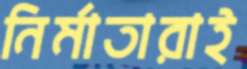
নির্মাতারাই